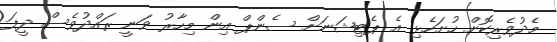
މެދުވެރިކޮށް ހުށަހެޅި އެ ޕެޓިޝަނަށް ސެންޕް އިން މިހާރު ވަނީ ރައްދުވެސް ދީފަ